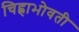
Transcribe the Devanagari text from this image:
चिह्नाभोवती